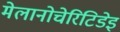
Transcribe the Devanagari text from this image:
मेलानोचेरिटिडेइ